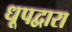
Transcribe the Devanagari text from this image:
धूपद्वारा